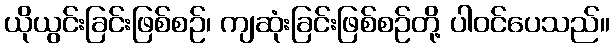
ယိုယွင်းခြင်းဖြစ်စဉ်၊ ကျဆုံးခြင်းဖြစ်စဉ်တို့ ပါဝင်ပေသည်။